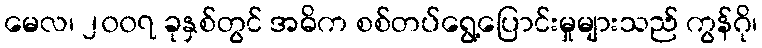
မေလ၊ ၂၀၀၇ ခုနှစ်တွင် အဓိက စစ်တပ်ရွေ့ပြောင်းမှုများသည် ကွန်ဂို၊